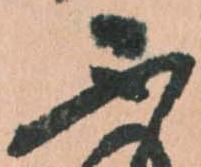
不